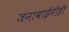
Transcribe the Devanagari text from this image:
जनाबाईंनीही